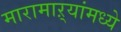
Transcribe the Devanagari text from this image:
मारामाऱ्यांमध्ये